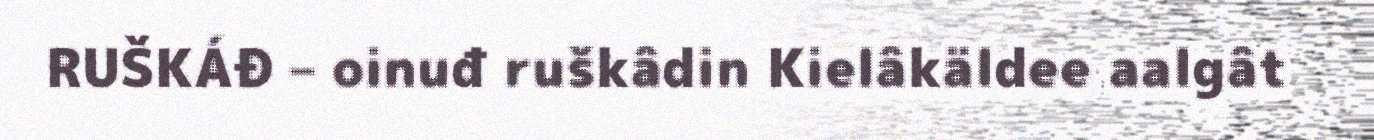
RUŠKÁĐ – oinuđ ruškâdin Kielâkäldee aalgât